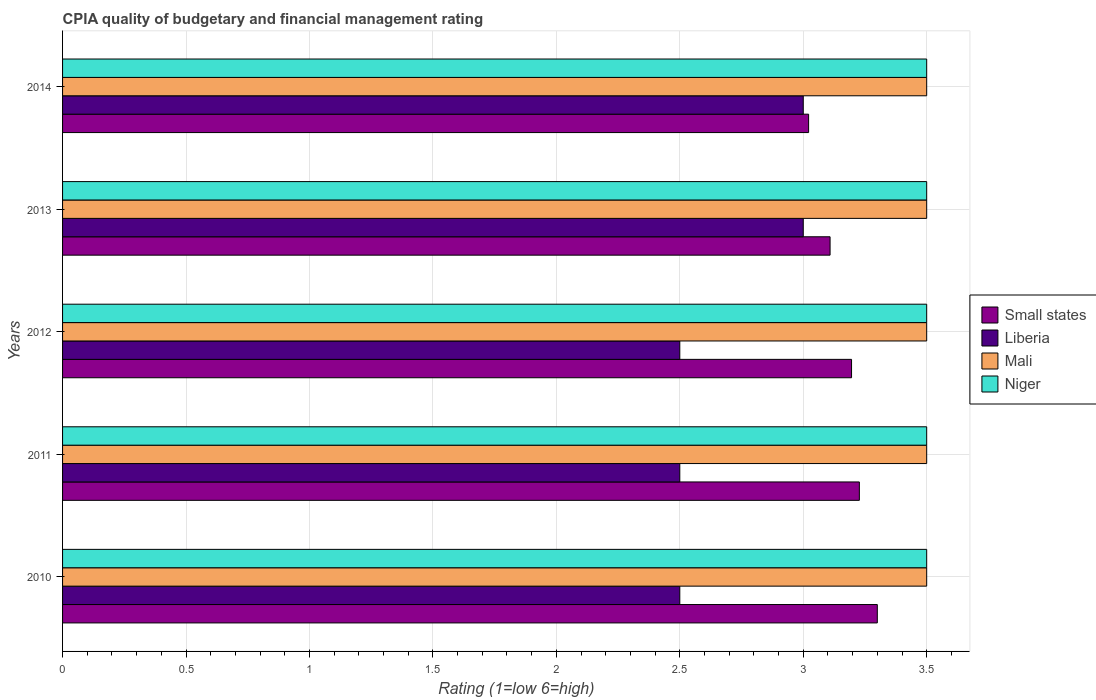
| Years | Small states | Liberia | Mali | Niger |
 | --- | --- | --- | --- | --- |
 | 2010 | 3.3 | 2.5 | 3.5 | 3.5 |
 | 2011 | 3.23 | 2.5 | 3.5 | 3.5 |
 | 2012 | 3.2 | 2.5 | 3.5 | 3.5 |
 | 2013 | 3.11 | 3 | 3.5 | 3.5 |
 | 2014 | 3.02 | 3 | 3.5 | 3.5 |